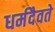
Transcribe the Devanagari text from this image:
धर्मदैवते